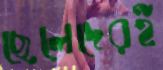
ছেলেদেরই